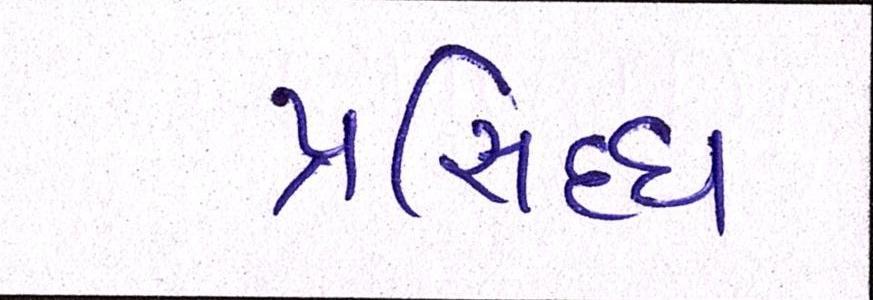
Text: પ્રસિધ્ધ